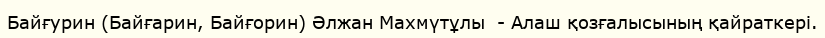
Байғурин (Байғарин, Байғорин) Әлжан Махмүтұлы  - Алаш қозғалысының қайраткері.